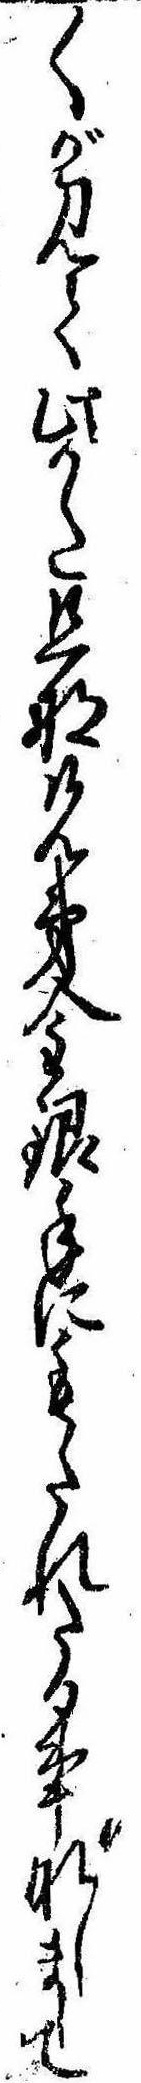
〱が見て此かた旦那兄弟金銀手にもたれたる事なしまして